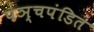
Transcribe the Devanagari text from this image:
पञ्चपंडित